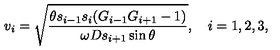
v _ { i } = \sqrt { \frac { \theta s _ { i - 1 } s _ { i } ( G _ { i - 1 } G _ { i + 1 } - 1 ) } { \omega D s _ { i + 1 } \sin \theta } } , \quad i = 1 , 2 , 3 ,